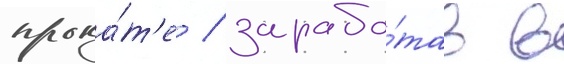
прока́т'е / зарабо́тав в